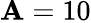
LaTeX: \mathbf{A}=10